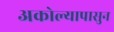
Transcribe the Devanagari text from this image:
अकोल्यापासुन